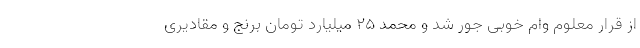
از قرار معلوم وام خوبی جور شد و محمد 25 میلیارد تومان برنج و مقادیری